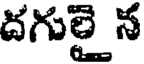
దగులై న